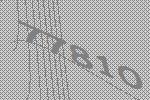
77810